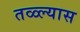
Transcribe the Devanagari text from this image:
तळ्ल्यास